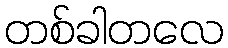
တစ်ခါတလေ